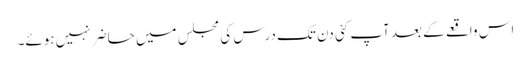
اس واقعے کے بعد آپ کئی دن تک درس کی مجلس میں حاضر نہیں ہوئے۔